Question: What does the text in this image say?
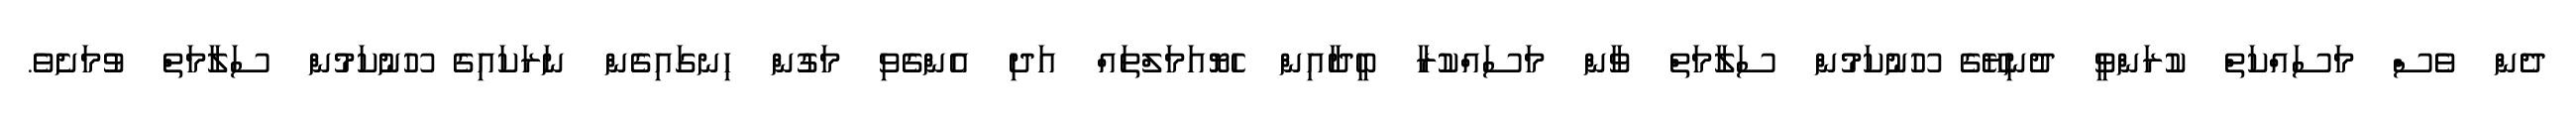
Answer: ދެން ވެސް މަސައްކަތް ކުރަންވީ ދުނިޔޭގެ ހޫނުކަމުން ސަލާމަތް ވާން މަސައްކުރާ ބީދާއިން ހެޔޮއަމަލްތައް އަދި އެންގެވި މަގުން ހިނގައިގެން ނަރަކައިގެ ހޫނުކަމުން ސަލާމަތް ވުމަށެވެ.